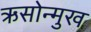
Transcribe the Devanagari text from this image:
ऋसोन्मुख